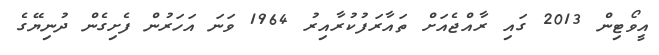
އީވޯޓިން 2013 ގައި ރާއްޖެއަށް ތައާރަފުކުރާއިރު 1964 ވަނަ އަހަރުން ފެށިގެން ދުނިޔޭގެ